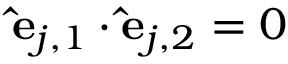
\mathbf { \hat { e } } _ { j , 1 } \cdot \mathbf { \hat { e } } _ { j , 2 } = 0